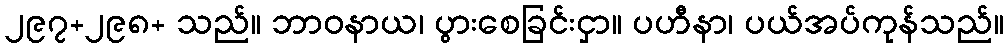
၂၉၇+၂၉၈+ သည်။ ဘာဝနာယ၊ ပွားစေခြင်းငှာ။ ပဟီနာ၊ ပယ်အပ်ကုန်သည်။